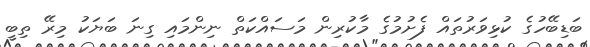
ބަޑިބޭހުގެ ކުޅިވަރުތައް ފެށުމުގެ މާކުރިން މަސައްކަތް ނިންމައި ގިނަ ބަޔަކު މިރޭ ތިބީ